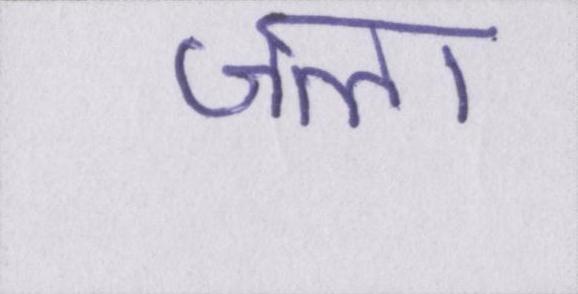
जला